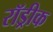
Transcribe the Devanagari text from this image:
रॉड्रीक